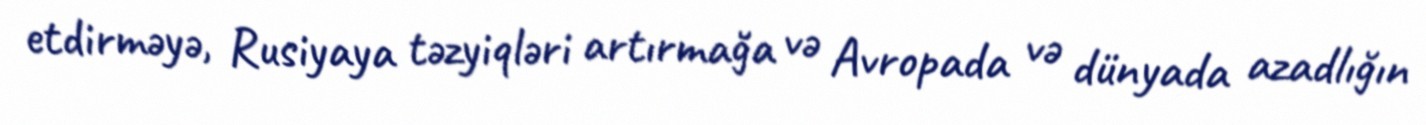
etdirməyə, Rusiyaya təzyiqləri artırmağa və Avropada və dünyada azadlığın